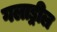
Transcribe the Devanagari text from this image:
गलाड्रील